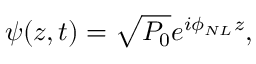
\psi ( z , t ) = \sqrt { P _ { 0 } } e ^ { i \phi _ { N L } z } ,